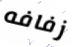
زفافه